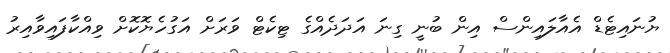
ޔުނައިޓެޑް އެއާލައިންސް އިން ބުނީ ގިނަ އަދަދެއްގެ ޓިކެޓް ވަރަށް އަގުހެޔޮކޮށް ވިއްކާފައިވާއިރު